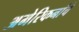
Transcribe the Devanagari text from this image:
अमेरिकनांचे